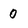
Character: 0